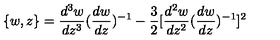
\{ w , z \} = \frac { d ^ { 3 } w } { d z ^ { 3 } } ( \frac { d w } { d z } ) ^ { - 1 } - \frac { 3 } { 2 } [ \frac { d ^ { 2 } w } { d z ^ { 2 } } ( \frac { d w } { d z } ) ^ { - 1 } ] ^ { 2 }